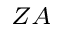
_ { Z A }